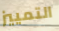
التمييز